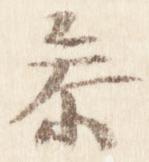
参